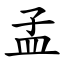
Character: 孟